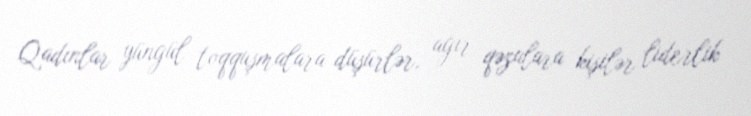
Qadınlar yüngül toqquşmalara düşürlər, ağır qəzalara kişilər liderlik